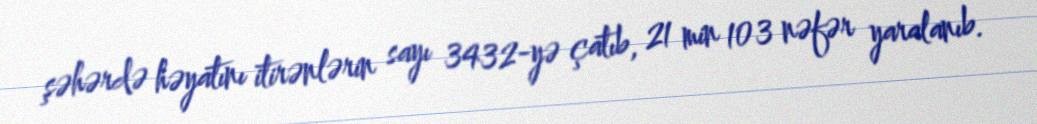
şəhərdə həyatını itirənlərin sayı 3432-yə çatıb, 21 min 103 nəfər yaralanıb.